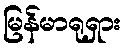
မြန်မာရုရှား